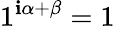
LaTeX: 1^{\mathbf{i}\alpha+\beta}=1